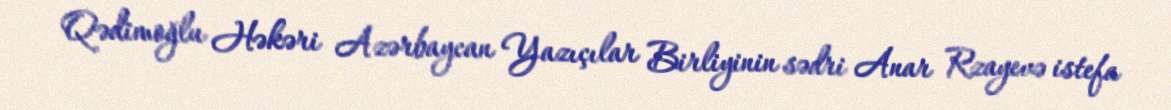
Qədimoğlu Həkəri Azərbaycan Yazıçılar Birliyinin sədri Anar Rzayevə istefa